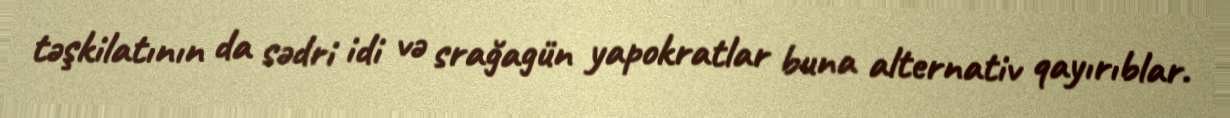
təşkilatının da sədri idi və srağagün yapokratlar buna alternativ qayırıblar.